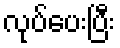
လုပ်ပေးပြီး